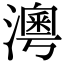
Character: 𤀀